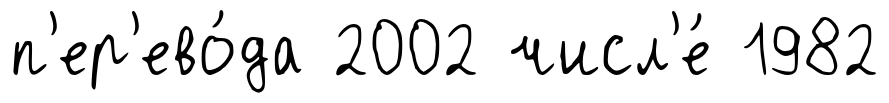
п'ер'ево́да 2002 числ'е́ 1982